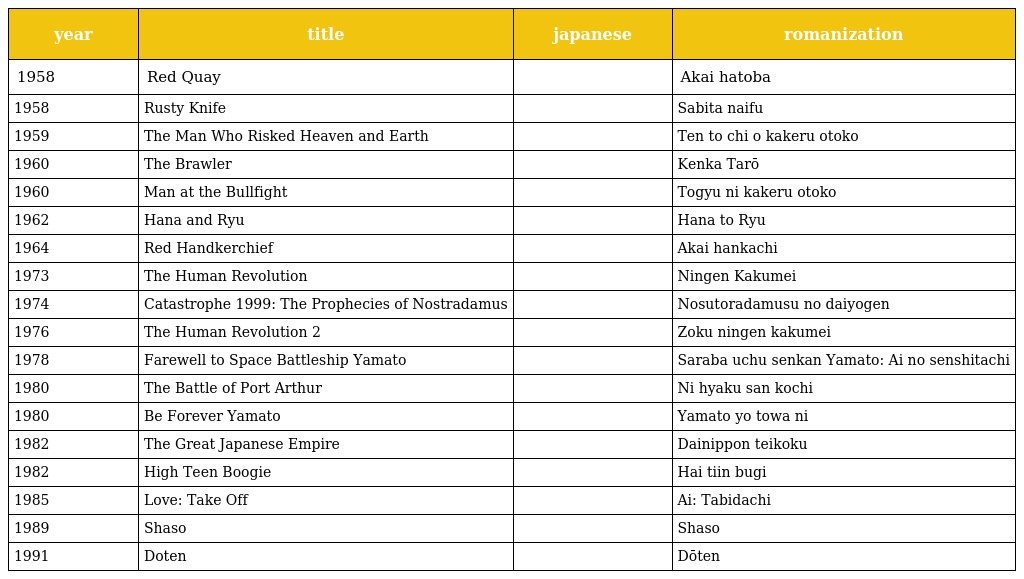
| year | title | japanese | romanization |
 | --- | --- | --- | --- |
 | 1958 | Red Quay | 赤い波止場 | Akai hatoba |
 | 1958 | Rusty Knife | 錆びたナイフ | Sabita naifu |
 | 1959 | The Man Who Risked Heaven and Earth | 天と地を駈ける男 | Ten to chi o kakeru otoko |
 | 1960 | The Brawler | 喧嘩太郎 | Kenka Tarō |
 | 1960 | Man at the Bullfight | 闘牛に賭ける男 | Togyu ni kakeru otoko |
 | 1962 | Hana and Ryu | 花と竜 | Hana to Ryu |
 | 1964 | Red Handkerchief | 赤いハンカチ | Akai hankachi |
 | 1973 | The Human Revolution | 人間革命 | Ningen Kakumei |
 | 1974 | Catastrophe 1999: The Prophecies of Nostradamus | ノストラダムスの大予言 | Nosutoradamusu no daiyogen |
 | 1976 | The Human Revolution 2 | 続人間革命 | Zoku ningen kakumei |
 | 1978 | Farewell to Space Battleship Yamato | さらば宇宙戦艦ヤマト　愛の戦士たち | Saraba uchu senkan Yamato: Ai no senshitachi |
 | 1980 | The Battle of Port Arthur | 二百三高地 | Ni hyaku san kochi |
 | 1980 | Be Forever Yamato | ヤマトよ永遠に | Yamato yo towa ni |
 | 1982 | The Great Japanese Empire | 大日本帝国 | Dainippon teikoku |
 | 1982 | High Teen Boogie | ハイティーン・ブギ | Hai tiin bugi |
 | 1985 | Love: Take Off | 愛・旅立ち | Ai: Tabidachi |
 | 1989 | Shaso | 社葬 | Shaso |
 | 1991 | Doten | 動天 | Dōten |